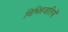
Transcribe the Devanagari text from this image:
विभिन्नजातियों